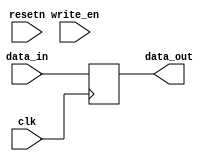
//copilot mean_prob: 0.5767264646522077
//This file was assembled by gen.py, written by redactedAuthorFirstname redactedAuthorLastname.
module crypto_keys_store
(
input [15:0] data_in,
output reg [15:0] data_out,
input clk,
input resetn,
input write_en
);

//-copilot next line-
//copilot mean_prob: 0.5767264646522077


always @(posedge clk)
	data_out <= data_in;


endmodule